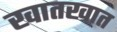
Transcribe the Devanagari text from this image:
खातखात